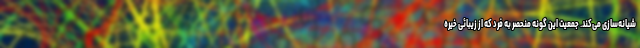
شیانه‌سازی می‌کند. جمعیت این گونه منحصر به فرد که از زیبائی خیره